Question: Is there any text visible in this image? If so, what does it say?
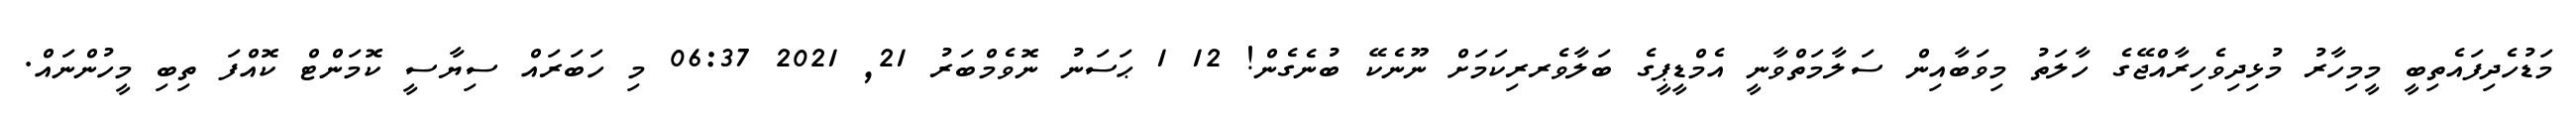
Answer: މަޑުހެދިފައެތިބީ މީމިހާރު މުޅިދިވެހިރާއްޖޭގެ ހާލަތު މިވަބާއިން ސަލާމަތްވާނީ އެމްޑީޕީގެ ބަލާވެރރިކަމަށް ނޫނެކޭ ބުނެގެން! 12 1 ޙަސަނު ނޮވެމްބަރު 21, 2021 06:37 މި ހަބަރައް ސިޔާސީ ކޮމަންޓް ކޮއްފަ ތިބި މީހުންނައް.